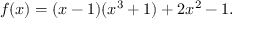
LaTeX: f ( x ) = ( x - 1 ) ( x ^ { 3 } + 1 ) + 2 x ^ { 2 } - 1 .